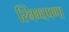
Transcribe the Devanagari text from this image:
स्निग्धपणा